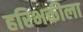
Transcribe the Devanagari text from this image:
हरिभक्तीला